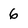
Character: 6